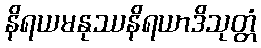
နိရယမနုဿနိရယာဒိသုတ္တံ